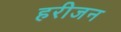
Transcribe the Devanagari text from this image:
हरीजन